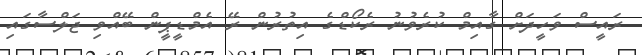
ރައީސް ވަހީދަށް ގާއިމް ކުރެވުނު ރެކޯޑްގެ އިތުރުން ރޭ އެމްޑީޕީން ބޭއްވި ޖަލްސާގައި